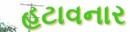
હટાવનાર